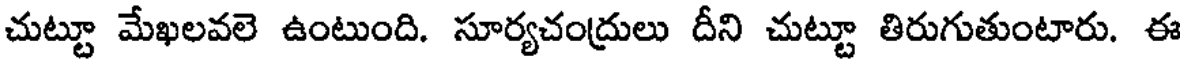
చుట్టూ మేఖలవలె ఉంటుంది. సూర్యచంద్రులు దీని చుట్టూ తిరుగుతుంటారు. ఈ